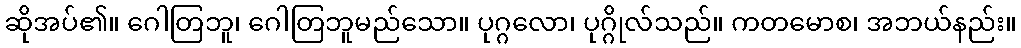
ဆိုအပ်၏။ ဂေါတြဘူ၊ ဂေါတြဘူမည်သော။ ပုဂ္ဂလော၊ ပုဂ္ဂိုလ်သည်။ ကတမောစ၊ အဘယ်နည်း။